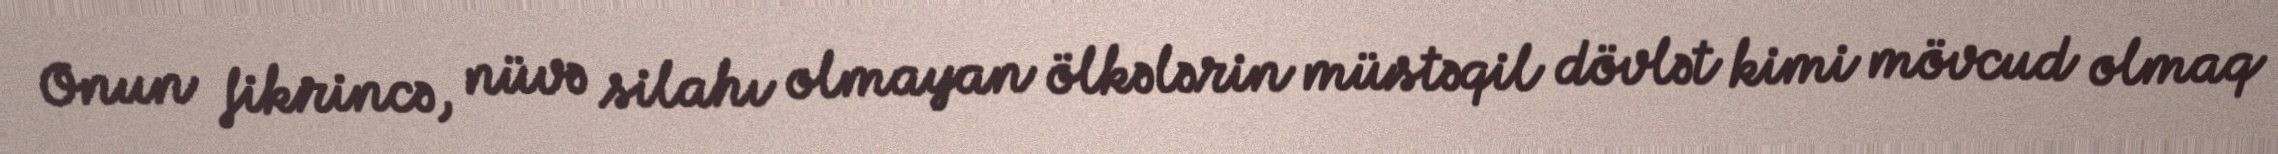
Onun fikrincə, nüvə silahı olmayan ölkələrin müstəqil dövlət kimi mövcud olmaq